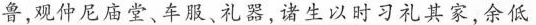
鲁，观仲尼庙堂、车服、礼器，\underline{诸生以时习礼其家}，余低